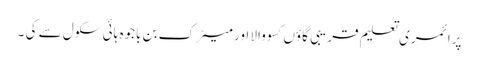
پرا ئمری تعلیم قریبی گاؤں کسو والا اور میٹرک بن باجوہ ہائی سکول سے کی ۔